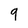
Character: 9